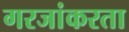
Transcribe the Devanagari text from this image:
गरजांकरता